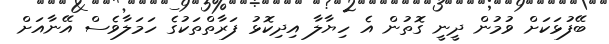
ބޭފުޅަކަށް ވުމުން ދީނީ ގޮތުން އެ ހިޔާލާ އިދިކޮޅު ފަރާތްތަކުގެ ހަމަލާވެސް އޭނާއަށް